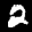
Label: 2